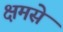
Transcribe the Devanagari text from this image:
क्षमसे